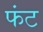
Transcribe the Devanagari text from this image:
फंट